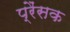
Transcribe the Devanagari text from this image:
प्रैंसक